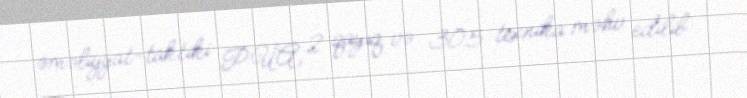
əməliyyat-taktiki PUA, 2 qayıq və 305 texnika məhv edilib.